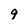
Character: 9